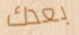
بعدك